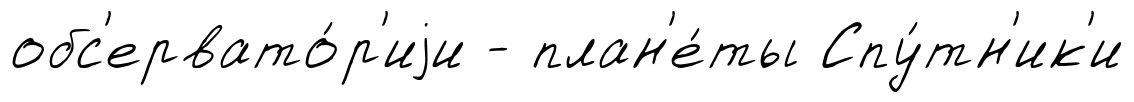
обс'ервато́р'иjи - план'е́ты Спу́тн'ик'и